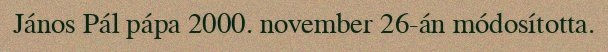
János Pál pápa 2000. november 26-án módosította.